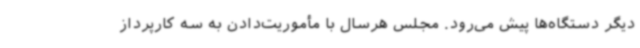
دیگر دستگاه‌ها پیش می‌رود. مجلس هرسال با مأموریت‌دادن به سه کارپرداز